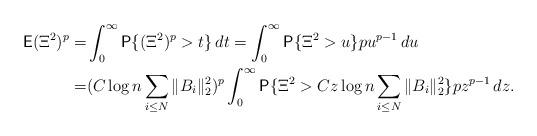
LaTeX: \begin{align*}\textsf{E}(\Xi^{2})^{p}=&\int_{0}^{\infty}\textsf{P}\{ (\Xi^{2})^{p}>t\}\,dt=\int_{0}^{\infty}\textsf{P}\{ \Xi^{2}>u\}pu^{p-1 }\,du\\=&(C\log n\sum_{i\le N}\Vert B_{i}\Vert_{2}^{2})^{p}\int_{0}^{\infty}\textsf{P}\{ \Xi^{2}>Cz\log n\sum_{i\le N}\Vert B_{i}\Vert_{2}^{2}\}pz^{p-1}\, dz.\end{align*}